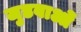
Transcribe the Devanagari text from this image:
जुडवाओं